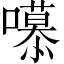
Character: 𭋼